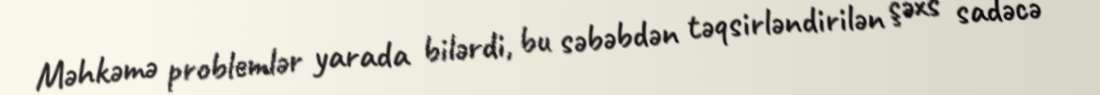
Məhkəmə problemlər yarada bilərdi, bu səbəbdən təqsirləndirilən şəxs sadəcə